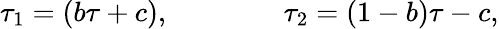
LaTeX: \tau_{1}=(b\tau+c),\qquad\qquad\tau_{2}=(1-b)\tau-c,